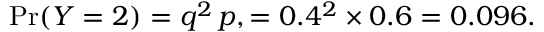
\operatorname* { P r } ( Y = 2 ) = q ^ { 2 } \, p , = 0 . 4 ^ { 2 } \times 0 . 6 = 0 . 0 9 6 .